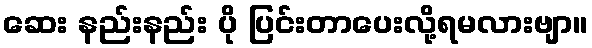
ဆေး နည်းနည်း ပို ပြင်းတာပေးလို့ရမလားဗျာ။